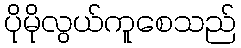
ပိုမိုလွယ်ကူစေသည်